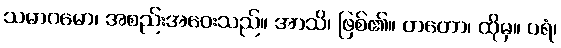
သမာဂမော၊ အစည်းအဝေးသည်။ အာသိ၊ ဖြစ်၏။ တတော၊ ထိုမှ။ ပရံ၊